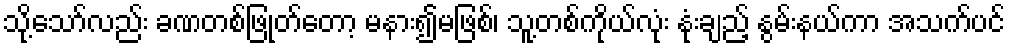
သို့သော်လည်း ခဏတစ်ဖြုတ်တော့ မနား၍မဖြစ်၊ သူ့တစ်ကိုယ်လုံး နုံးချည့် နွမ်းနယ်ကာ အသက်ပင်